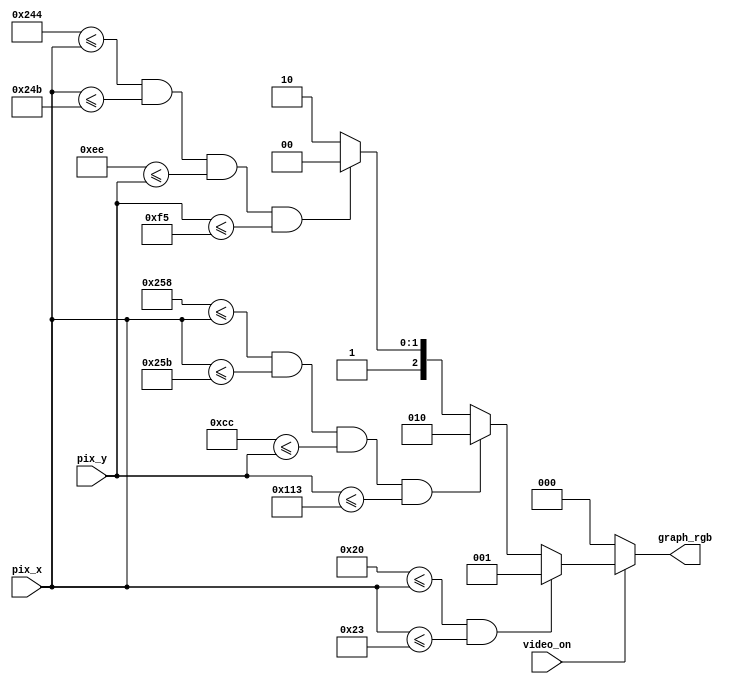
// Listing 13.3
module pong_graph_st
   (
    input wire video_on,
    input wire [9:0] pix_x, pix_y,
    output reg [2:0] graph_rgb
   );

   // constant and signal declaration
   // x, y coordinates (0,0) to (639,479)
   localparam MAX_X = 640;
   localparam MAX_Y = 480;
   //--------------------------------------------
   // vertical stripe as a wall
   //--------------------------------------------
   // wall left, right boundary
   localparam WALL_X_L = 32;
   localparam WALL_X_R = 35;
   //--------------------------------------------
   // right vertical bar
   //--------------------------------------------
   // bar left, right boundary
   localparam BAR_X_L = 600;
   localparam BAR_X_R = 603;
   // bar top, bottom boundary
   localparam BAR_Y_SIZE = 72;
   localparam BAR_Y_T = MAX_Y/2-BAR_Y_SIZE/2; //204
   localparam BAR_Y_B = BAR_Y_T+BAR_Y_SIZE-1;
   //--------------------------------------------
   // square ball
   //--------------------------------------------
   localparam BALL_SIZE = 8;
   // ball left, right boundary
   localparam BALL_X_L = 580;
   localparam BALL_X_R = BALL_X_L+BALL_SIZE-1;
   // ball top, bottom boundary
   localparam BALL_Y_T = 238;
   localparam BALL_Y_B = BALL_Y_T+BALL_SIZE-1;
   //--------------------------------------------
   // object output signals
   //--------------------------------------------
   wire wall_on, bar_on, sq_ball_on;
   wire [2:0] wall_rgb, bar_rgb, ball_rgb;

   // body
   //--------------------------------------------
   // (wall) left vertical strip
   //--------------------------------------------
   // pixel within wall
   assign wall_on = (WALL_X_L<=pix_x) && (pix_x<=WALL_X_R);
   // wall rgb output
   assign wall_rgb = 3'b001; // blue
   //--------------------------------------------
   // right vertical bar
   //--------------------------------------------
   // pixel within bar
   assign bar_on = (BAR_X_L<=pix_x) && (pix_x<=BAR_X_R) &&
                   (BAR_Y_T<=pix_y) && (pix_y<=BAR_Y_B);
   // bar rgb output
   assign bar_rgb = 3'b010; // green
   //--------------------------------------------
   // square ball
   //--------------------------------------------
   // pixel within squared ball
   assign sq_ball_on =
             (BALL_X_L<=pix_x) && (pix_x<=BALL_X_R) &&
             (BALL_Y_T<=pix_y) && (pix_y<=BALL_Y_B);
   assign ball_rgb = 3'b100;   // red
   //--------------------------------------------
   // rgb multiplexing circuit
   //--------------------------------------------
   always @*
      if (~video_on)
         graph_rgb = 3'b000; // blank
      else
         if (wall_on)
            graph_rgb = wall_rgb;
         else if (bar_on)
            graph_rgb = bar_rgb;
         else if (sq_ball_on)
            graph_rgb = ball_rgb;
         else
            graph_rgb = 3'b110; // yellow background

endmodule